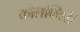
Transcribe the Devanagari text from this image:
कोलक्विरी